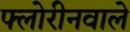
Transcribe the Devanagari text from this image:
फ्लोरीनवाले